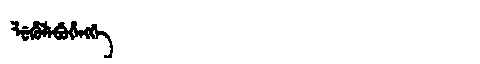
Manchu: ᠯᡠᡥᡠᠯᡝᠪᡠᡥᡝᠩᡤᡝ
Romanization: LUHULEBUHENGGE